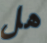
هل